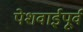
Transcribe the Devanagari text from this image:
पेशवाईपूर्व